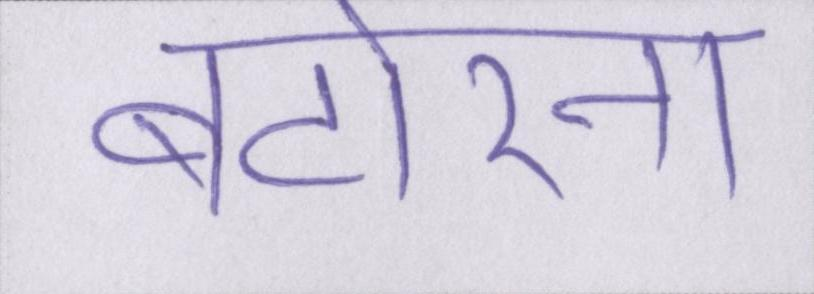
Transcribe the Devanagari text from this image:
बटोरना